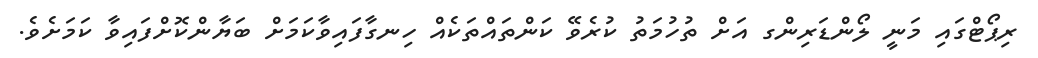
ރިޕޯޓްގައި މަނީ ލޯންޑަރިންގ އަށް ތުހުމަތު ކުރެވޭ ކަންތައްތަކެއް ހިނގާފައިވާކަމަށް ބަޔާންކޮށްފައިވާ ކަމަށެވެ.